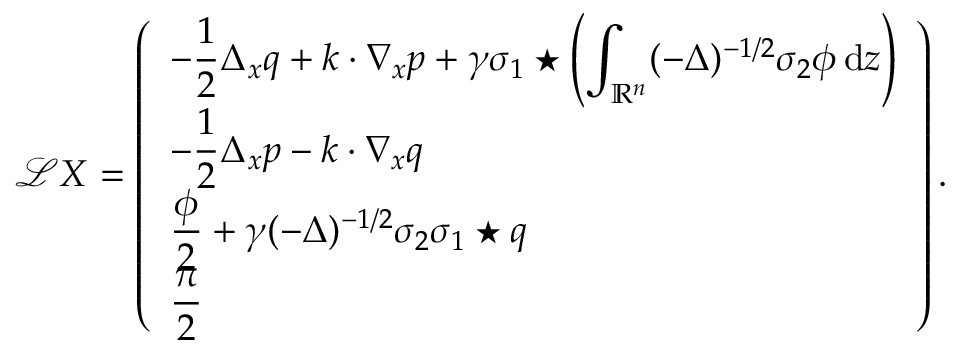
\mathscr L X = \left( \begin{array} { l } { - \displaystyle \frac { 1 } { 2 } \Delta _ { x } q + k \cdot \nabla _ { x } p + \gamma \sigma _ { 1 } \star \left( \displaystyle \int _ { \mathbb R ^ { n } } ( - \Delta ) ^ { - 1 / 2 } \sigma _ { 2 } \phi \, { \mathrm { d } } z \right) } \\ { - \displaystyle \frac 1 2 \Delta _ { x } p - k \cdot \nabla _ { x } q } \\ { \displaystyle \frac \phi 2 + \gamma ( - \Delta ) ^ { - 1 / 2 } \sigma _ { 2 } \sigma _ { 1 } \star q } \\ { \displaystyle \frac \pi 2 } \end{array} \right) .